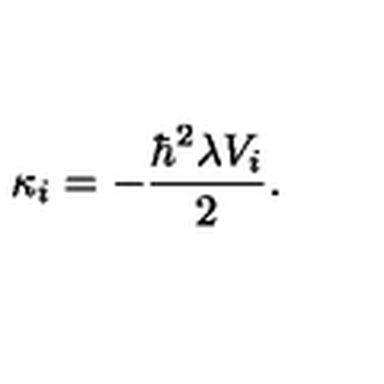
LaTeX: \kappa _ { i } = - \frac { \hbar ^ { 2 } \lambda V _ { i } } { 2 } .